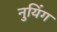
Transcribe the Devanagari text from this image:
नुयिंग